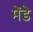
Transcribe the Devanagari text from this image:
मेंडे